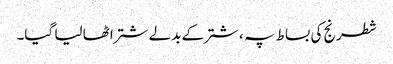
شطرنج کی بساط پہ ، شتر کے بدلے شتر اٹھا لیا گیا۔